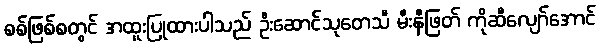
စစ်ဖြစ်စတွင် အထူးပြုထားပါသည် ဦးဆောင်သုတေသီ မီးနီဖြတ် ကိုဆီလျော်အောင်